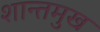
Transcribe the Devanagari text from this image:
शान्तमुख